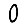
Digit: 0